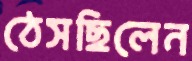
ঠেসছিলেন